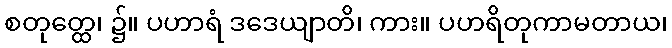
စတုတ္ထေ၊ ၌။ ပဟာရံ ဒဒေယျာတိ၊ ကား။ ပဟရိတုကာမတာယ၊